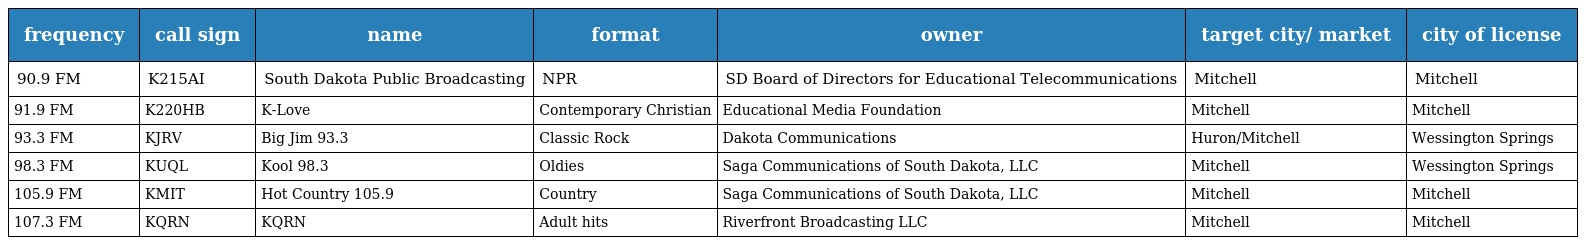
| frequency | call sign | name | format | owner | target city/ market | city of license |
 | --- | --- | --- | --- | --- | --- | --- |
 | 90.9 FM | K215AI | South Dakota Public Broadcasting | NPR | SD Board of Directors for Educational Telecommunications | Mitchell | Mitchell |
 | 91.9 FM | K220HB | K-Love | Contemporary Christian | Educational Media Foundation | Mitchell | Mitchell |
 | 93.3 FM | KJRV | Big Jim 93.3 | Classic Rock | Dakota Communications | Huron/Mitchell | Wessington Springs |
 | 98.3 FM | KUQL | Kool 98.3 | Oldies | Saga Communications of South Dakota, LLC | Mitchell | Wessington Springs |
 | 105.9 FM | KMIT | Hot Country 105.9 | Country | Saga Communications of South Dakota, LLC | Mitchell | Mitchell |
 | 107.3 FM | KQRN | KQRN | Adult hits | Riverfront Broadcasting LLC | Mitchell | Mitchell |